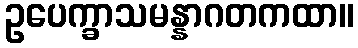
ဥပေက္ခာသမန္နာဂတကထာ။